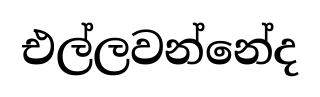
එල්ලවන්නේද